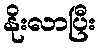
နိုးလာပြီး